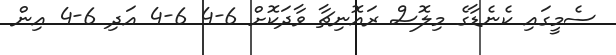
ސެމީގައި ކެނެޑާގެ މިލޮސް ރައޮނިޗާ ވާދަކޮށް 6-4 6-4 އަދި 6-4 އިން